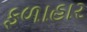
ફળાહાર